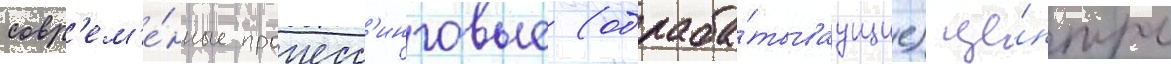
совр'ем'е́нные процесс'инговые (обраба́тываущие) це́нтры